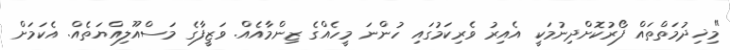
"މިޚިދުމަތްތައް ފޯރުކޮށްދިނުމަކީ އެއިރު ވެރިކަމުގައި ހުންނަ މީހެއްގެ ޒިންމާއެއް. ވަޒީފާގެ މަސްއޫލިއްޔަތެއް. އެކަމަށް